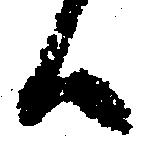
候